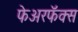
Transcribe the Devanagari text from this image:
फेअरफॅक्स